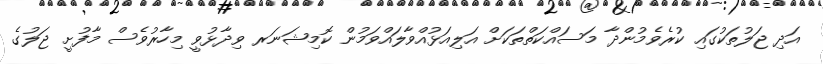
އަދި ޖަލުތަކުގައި ކުރެވެމުންދާ މަސައްކަތްތަކަށް އަލިއަޅުއްވާލައްވަމުން ކޮމިޝަނަރ ވިދާޅުވީ މިހާރުވެސް މާފުށީ ޖަލުގެ